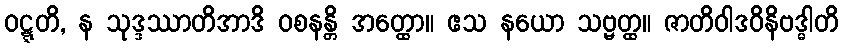
ဝဋ္ဋတိ, န သုဒ္ဒဿာတိအာဒိ ဝစနန္တိ အတ္ထော။ ဧသ နယော သဗ္ဗတ္ထ။ ဇာတိဝါဒဝိနိဗဒ္ဓါတိ